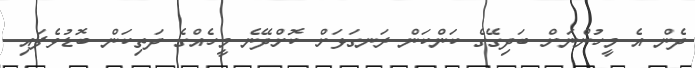
ދެން އެ މީހުންނަށް ބަދިގޭގެ ކަންކަން ރަނގަޅަށް ކޮށްދޭނެ މީހެއްގެ ދަތިކަން ބޮޑުވެފައި